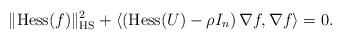
LaTeX: \begin{align*} \Vert \mathrm{Hess} (f) \Vert_{\mathrm{HS}}^2 + \langle \left( \mathrm{Hess} (U)- \rho I_n \right) \nabla f , \nabla f \rangle = 0 . \end{align*}